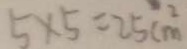
5 \times 5 = 2 5 c m ^ { 2 }